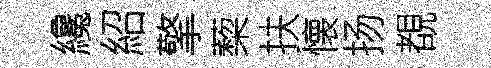
纔紹擎蔾扶懐扬覩